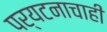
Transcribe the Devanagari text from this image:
पर्यटनाचाही